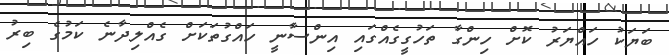
ބަޔަކު ހައްޔަރު ކޮށް ހިންގާ ތަހުގީގެއްގައި އިންސާނީ ހައްގުތަކަށް ގެއްލިދާނެ ކަމުގެ ބިރު